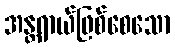
အန္တရာယ်ဖြစ်စေသော